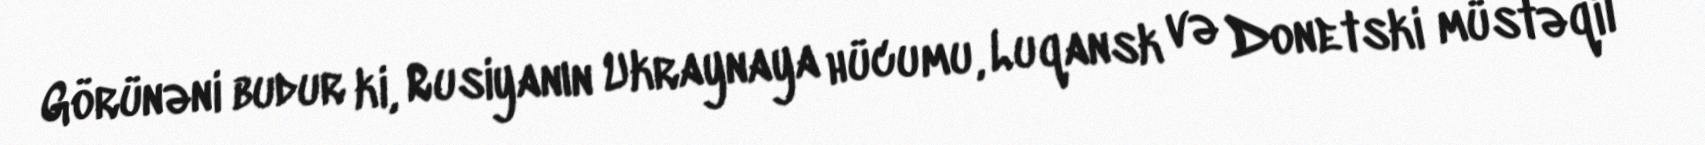
Görünəni budur ki, Rusiyanın Ukraynaya hücumu, Luqansk və Donetski müstəqil